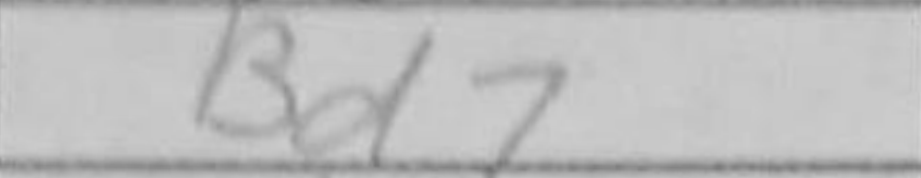
Transcription: Bd7